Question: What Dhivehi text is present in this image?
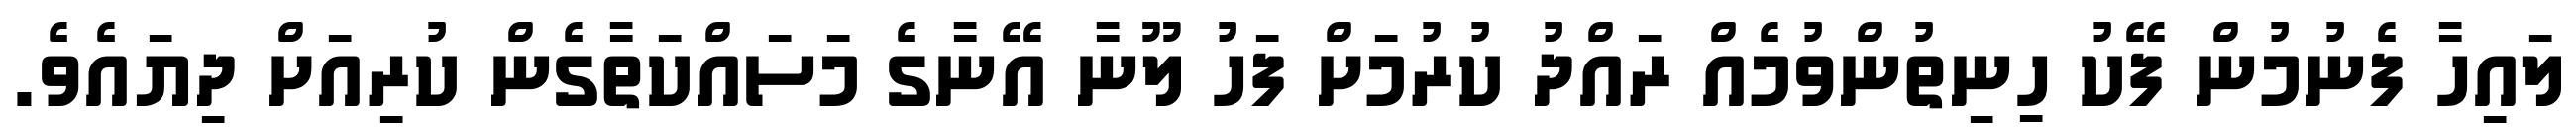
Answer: ލައިހާ ފެނުމުން ފޭކު ހިނިތުންވުމެއް ރައްދު ކުރުމަށް ފަހު ލޫނާ އޭނާގެ މަސައްކަތާގެން ކުރިއަށް ދިޔައެވެ.